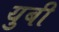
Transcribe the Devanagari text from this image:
युबी